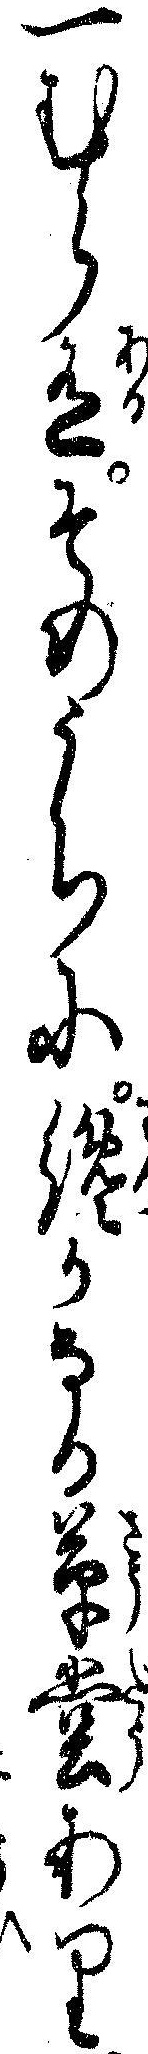
一むら有そのうちに纔かなる草堂あり